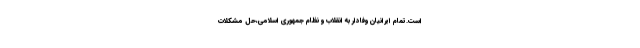
است.تمام ایرانیان وفادار به انقلاب و نظام جمهوری اسلامی،حل مشکلات